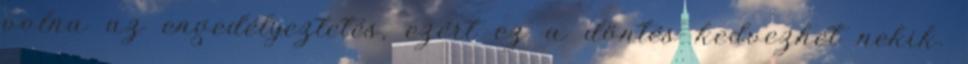
volna az engedélyeztetés, ezért ez a döntés kedvezhet nekik.